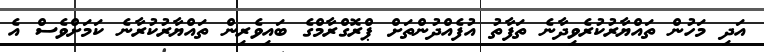
އަދި މަހުން ތައްޔާރުކުރެވިދާނެ ތަފާތު އުފެއްދުންތަށް ޕްރޮގްރާމްގެ ބައިވެރިން ތައްޔާރުކުރާނެ ކަމަށްވެސް އެ